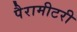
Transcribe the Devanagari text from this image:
पैरामीटरी